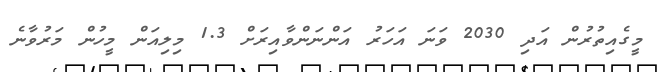
މީގެއިތުރުން އަދި 2030 ވަނަ އަހަރު އަންނަންވާއިރަށް 1.3 މިލިއަން މީހުން މަރުވާނެ